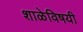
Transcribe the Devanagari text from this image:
शाळेविषयी